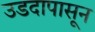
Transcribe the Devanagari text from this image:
उडदापासून